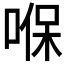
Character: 𠸒